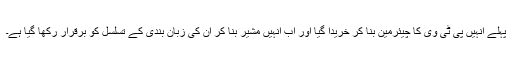
پہلے انہیں پی ٹی وی کا چیئرمین بنا کر خریدا گیا اور اب انہیں مشیر بنا کر ان کی زبان بندی کے تسلسل کو برقرار رکھا گیا ہے۔